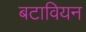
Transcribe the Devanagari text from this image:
बटावियन